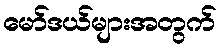
မော်ဒယ်များအတွက်